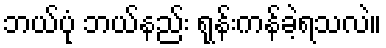
ဘယ်ပုံ ဘယ်နည်း ရုန်းကန်ခဲ့ရသလဲ။